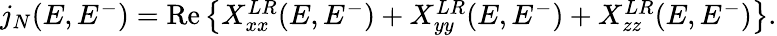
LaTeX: \begin{array}{r}{j_{N}(E,E^{-})=\mathrm{Re}\left\{ X_{xx}^{LR}(E,E^{-})+X_{yy}^{LR}(E,E^{-})+X_{zz}^{LR}(E,E^{-})\right\} .}\end{array}